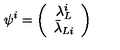
\psi ^ { i } = \left( \begin{array} { c } { \lambda _ { L } ^ { i } } \\ { \bar { \lambda } _ { L i } } \\ \end{array} \right)